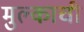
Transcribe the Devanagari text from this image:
मुल्काची